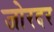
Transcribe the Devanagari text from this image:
जोरदर